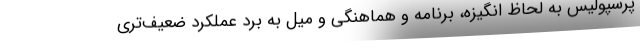
پرسپولیس به لحاظ انگیزه، برنامه و هماهنگی و میل به برد عملکرد ضعیف‌تری